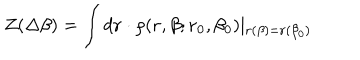
LaTeX: Z ( \Delta \beta ) = \int d { \bf r } \cdot \rho ( { \bf r } , \beta ; { \bf r } _ { 0 } , \beta _ { 0 } ) \mid _ { { \bf r } ( \beta ) = { \bf r } ( \beta _ { 0 } ) }